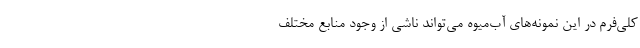
کلی‌فرم در این نمونه‌های آب‌میوه می‌تواند ناشی از وجود منابع مختلف